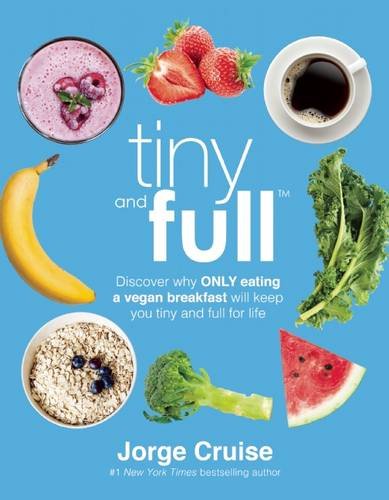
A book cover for Tiny and Full: Discover Why Only Eating a Vegan Breakfast Will Keep You Tiny and Full for Life; Jorge Cruise; Health, Fitness & Dieting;